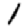
Digit: 1